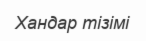
Хандар тізімі